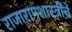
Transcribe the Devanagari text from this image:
राजारामशास्त्रींचे